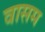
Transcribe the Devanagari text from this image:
वासम